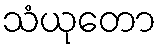
သံယုတော